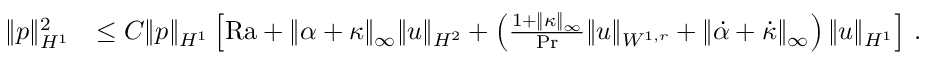
\begin{array} { r l } { \| p \| _ { H ^ { 1 } } ^ { 2 } } & { \leq C \| p \| _ { H ^ { 1 } } \left[ \mathrm { { R a } } + \| \alpha + \kappa \| _ { \infty } \| u \| _ { H ^ { 2 } } + \left( \frac { 1 + \| \kappa \| _ { \infty } } { \mathrm { P r } } \| u \| _ { W ^ { 1 , r } } + \| \dot { \alpha } + \dot { \kappa } \| _ { \infty } \right) \| u \| _ { H ^ { 1 } } \right] \, . } \end{array}